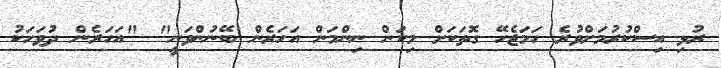
ރުޅި އިސްކުރުމަށްވުރެ ހަމަޖެހޭ ގޮތަކަށް މިކަން ނިންމަން އަހަރެން ބޭނުންވަނީ" "އަހަރެން ދުވަހަކު